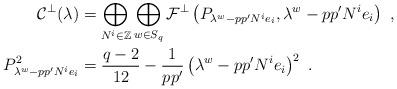
LaTeX: \begin{align*}\begin{aligned}\mathcal{C}^\perp(\lambda)&=\bigoplus_{N^i\in\mathbb{Z}}\bigoplus_{w\in S_q}\mathcal{F}^{\perp}\left(P_{\lambda^w-pp'N^ie_i},\lambda^w-pp'N^ie_i\right)\ ,\\P_{\lambda^w-pp'N^ie_i}^2&=\frac{q-2}{12}-\frac{1}{pp'}\left(\lambda^w-pp'N^ie_i\right)^2\ .\end{aligned}\end{align*}